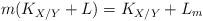
LaTeX: \begin{align*}m(K_{X/Y}+ L)= K_{X/Y}+ L_m\end{align*}